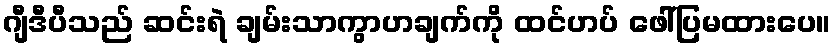
ဂျီဒီပီသည် ဆင်းရဲ ချမ်းသာကွာဟချက်ကို ထင်ဟပ် ဖေါ်ပြမထားပေ။